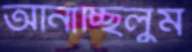
আনাচ্ছিলুম